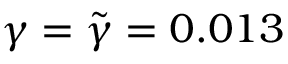
\gamma = \tilde { \gamma } = 0 . 0 1 3